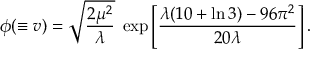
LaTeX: \phi ( \equiv v ) = \sqrt { \frac { 2 \mu ^ { 2 } } { \lambda } } \; \exp \left[ \frac { \lambda ( 1 0 + \ln 3 ) - 9 6 \pi ^ { 2 } } { 2 0 \lambda } \right] .